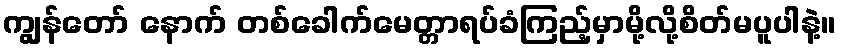
ကျွန်တော် နောက် တစ်ခေါက်မေတ္တာရပ်ခံကြည့်မှာမို့လို့စိတ်မပူပါနဲ့။